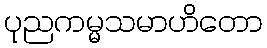
ပုညကမ္မသမာဟိတော